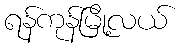
ရန်ကုန်မြို့လယ်